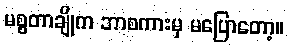
မစ္စတာချိုက ဘာစကားမှ မပြောတော့။